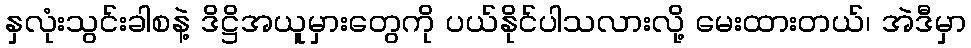
နှလုံးသွင်းခါစနဲ့ ဒိဋ္ဌိအယူမှားတွေကို ပယ်နိုင်ပါသလားလို့ မေးထားတယ်၊ အဲဒီမှာ